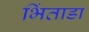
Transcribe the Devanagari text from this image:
भिंताडा